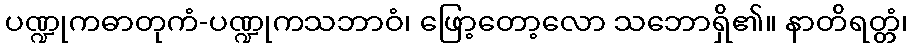
ပဏ္ဍုကဓာတုကံ-ပဏ္ဍုကသဘာဝံ၊ ဖြော့တော့လော သဘောရှိ၏။ နာတိရတ္တံ၊